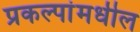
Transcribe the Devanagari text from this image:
प्रकल्पांमधील